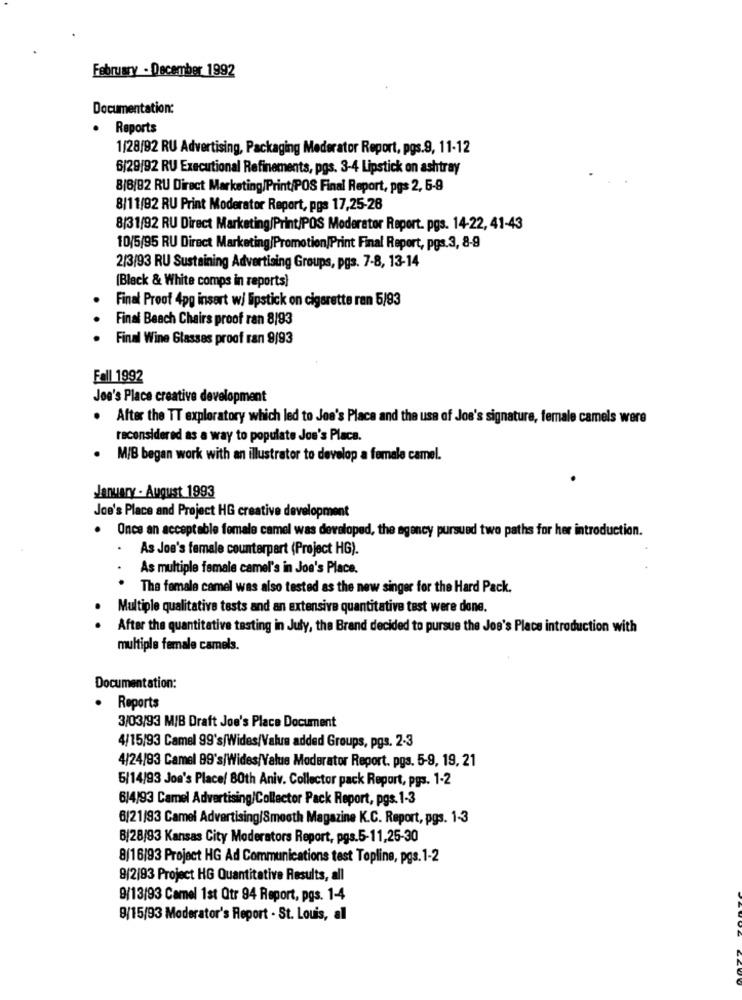
February - December 1992
Documentation:
.
Reports
1/28/92 RU Advertising, Packaging Moderator Report, pgs.9, 11-12
6/29/92 RU Executional Refinements, pgs. 3-4 Lipstick on ashtray
8/8/92 RU Direct Marketing/Print/POS Final Report, pgs 2, 6-9
8/11/92 RU Print Moderator Report, pgs 17,25-28
8/31/92 RU Direct Marketing/Print/POS Moderator Report. pgs. 14-22, 41-43
10/5/95 RU Direct Marketing/Promotion/Print Final Report, pgs.3, 8-9
2/3/93 RU Sustaining Advertising Groups, pgs. 7-8, 13-14
(Black & White comps in reports)
Final Proof 4pg insert w/ lipstick on cigarette ran 5/93
Final Beach Chairs proof ran 8/93
Final Wine Glasses proof ran 9/93
Fall 1992
Joe's Place creative development
. After the TT exploratory which led to Joe's Place and the use of Joe's signature, female camels were
reconsidered as a way to populate Joe's Placa.
M/B began work with an illustrator to develop a female camel.
January . August 1993
Joe's Place and Project HG creative development
. Once an acceptable female camel was developed, the agency pursued two paths for her introduction.
As Joe's female counterpart (Project HG).
As multiple female camel's in Joe's Place.
The female camel was also tested as the new singer for the Hard Pack.
Multiple qualitative tests and an extensive quantitative test were done.
After the quantitative tasting in July, the Brand decided to pursue the Joe's Place introduction with
multiple female camels.
Documentation:
. Reports
3/03/93 M/B Draft Joe's Place Document
4/15/93 Camel 99's/Wides/Value added Groups, pgs. 2-3
4/24/93 Camel 99's/Wides/Value Moderator Report. pgs. 5-9, 19, 21
5/14/93 Jon's Place/ 80th Aniv. Collector pack Report, pgs. 1-2
6)4/93 Camel Advertising/Collector Pack Report, pgs. 1-3
6/21/93 Camel Advertising/Smooth Magazine K.C. Report, pgs. 1-3
B/28/93 Kansas City Moderators Report, pgs.5-11,25-30
8/16/93 Project HG Ad Communications test Topline, pgs. 1-2
9/2/93 Project HG Quantitative Results, all
9/13/93 Camel 1st Qtr 94 Report, pgs. 1-4
8/15/93 Moderator's Report - St. Louis, all